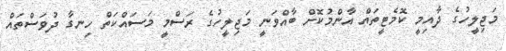
މަޖިލީހުގެ ދާއިމީ ކޮމެޓީތައް އާންމުކޮށް ބާއްވަނީ މަޖިލީހުގެ ރަސްމީ މަސައްކަތް ހިނގާ ދުވަސްތައް